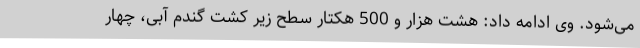
می‌شود. وی ادامه داد: هشت هزار و 500 هکتار سطح زیر کشت گندم آبی، چهار